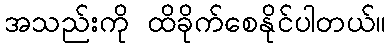
အသည်းကို ထိခိုက်စေနိုင်ပါတယ်။